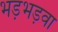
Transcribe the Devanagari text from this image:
भड़भड़वा